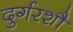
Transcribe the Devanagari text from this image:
दुर्गरशौ